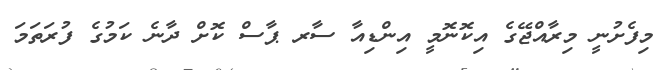
މިފެށުނީ މިރާއްޖޭގެ އިކޮނޮމީ އިންޑިއާ ސާރ ޕާސް ކޮށް ދާނެ ކަމުގެ ފުރަތަމަ